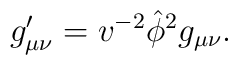
g'_{\mu\nu} = v^{-2} \hat{\phi}^2 g_{\mu\nu}.